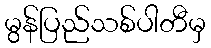
မွန်ပြည်သစ်ပါတီမှ